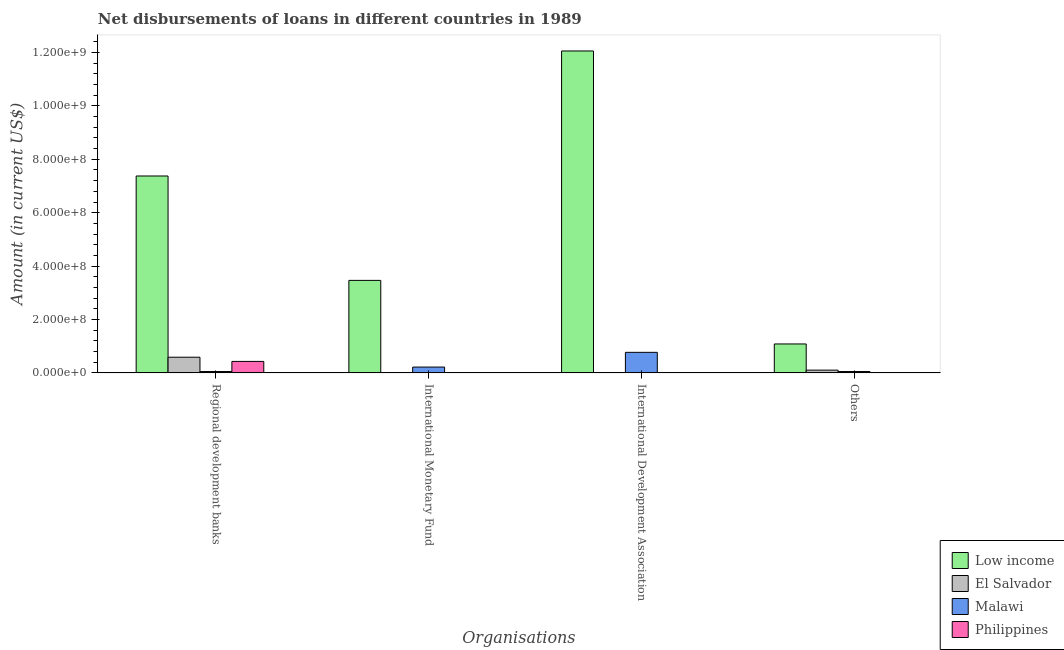
| Organisations | Low income | El Salvador | Malawi | Philippines |
 | --- | --- | --- | --- | --- |
 | Regional development banks | 7.38e+08 | 5.87e+07 | 4.95e+06 | 4.29e+07 |
 | International Monetary Fund | 3.46e+08 | -5.02e+06 | 2.17e+07 | -1.97e+07 |
 | International Development Association | 1.21e+09 | -2.68e+05 | 7.69e+07 | 6.1e+05 |
 | Others | 1.08e+08 | 1.02e+07 | 4.99e+06 | -4.79e+05 |